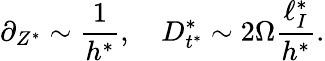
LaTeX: \partial_{Z^{*}}\sim\frac{1}{h^{*}},\quad D_{t^{*}}^{*}\sim 2\Omega\frac{\ell_{I}^{*}}{h^{*}}.